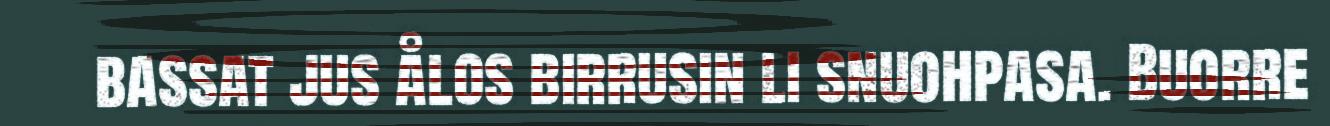
bassat jus ålos birrusin li snuohpasa. Buorre